Indian journal of veterinary science and animal husbandry - Volume 9,
Year: 1939
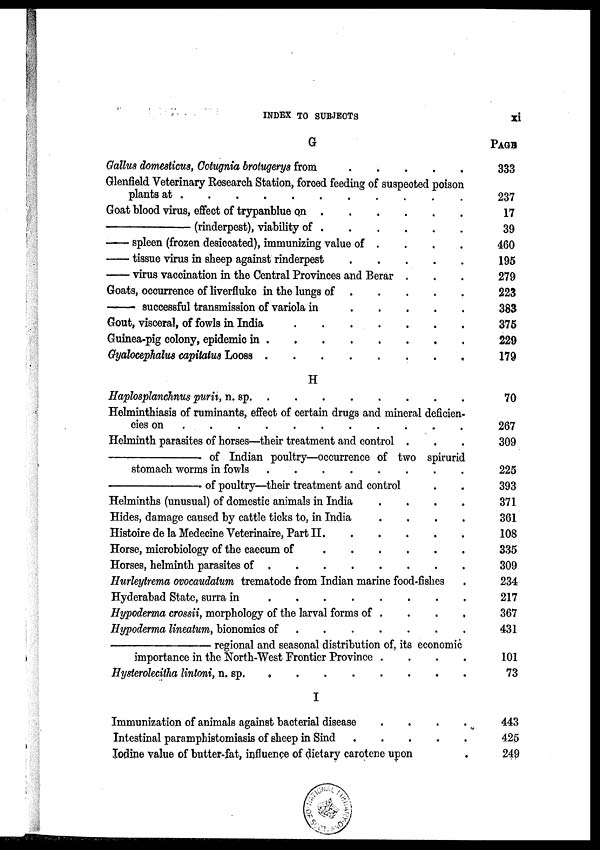
INDEX TO SUBJECTS
xi
G
Gallus domesticus, Cotugnia brotugerys from . . . . .
Glenfield Veterinary Research Station, forced feeding of suspected poison
plants at . . . . . . . . .
Goat blood virus, effect of trypanblue on
.
.
.
.
.
.
—
(rinderpest), viability of
.
.
.
.
.
.
— spleen (frozen desiccated), immunizing value of . . . .
— tissue virus in sheep against rinderpest . . . . .
— virus vaccination in the Central Provinces and Berar . . .
Goats, occurrence of liverfluke in the lungs of . . . . .
—
successful transmission of variola in . . . . . . .
Gout, visceral, of fowls in India
.
.
.
.
.
.
.
Guinea-pig colony, epidemic in . . . . . . . .
Gyalocephalus capitatus Looss
.
.
.
.
.
.
.
.
H
Haplosplanchnus purii, n. sp. . . . . . .
Helminthiasis of ruminants, effect of certain drugs and mineral deficien-
cies on . . . . . . . . .
Helminth parasites of horses—their treatment and control . . .
— of Indian poultry—occurrence of two spirurid
stomach worms in fowls . . . . . . . .
—
of poultry—their treatment and control . .
Helminths (unusual) of domestic animals in India
.
.
.
.
Hides, damage caused by cattle ticks to, in India
.
.
.
.
Histoire de la Medecine Veterinaire, Part II. . . . . .
Horse, microbiology of the caecum of
.
.
.
.
.
.
Horses, helminth parasites of
.
.
.
.
.
.
.
.
Hurleytrema ovocaudatum trematode from Indian marine food-fishes
.
Hyderabad State, surra in . . . . . . . .
Hypoderma crossii, morphology of the larval forms of . . . .
Hypoderma lineatum, bionomics of
.
.
.
.
.
.
.
— regional and seasonal distribution of its economic
importance in the North-West Frontier Province . . . .
Hysterolecitha lintoni, n. sp. . . . . . .
I
Immunization of animals against bacterial disease . . . .
Intestinal paramphistomiasis of sheep in Sind . . . . .
Iodine value of butter-fat, influence of dietary carotene upon .
PAGE
333
237
17
39
460
195
279
223
383
375
229
179
70
267
309
225
393
371
361
108
335
309
234
217
367
431
101
73
443
425
249